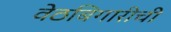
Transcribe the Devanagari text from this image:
वेठबिगारीची